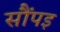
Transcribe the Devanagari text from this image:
सौंपइ